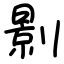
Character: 㔀